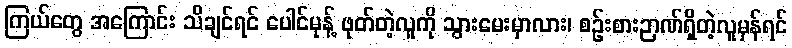
ကြယ်တွေ အကြောင်း သိချင်ရင် ပေါင်မုန့် ဖုတ်တဲ့လူကို သွားမေးမှာလား၊ စဉ်းစားဉာဏ်ရှိတဲ့လူမှန်ရင်